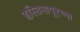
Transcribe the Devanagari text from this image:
हस्तिनापूरच्या